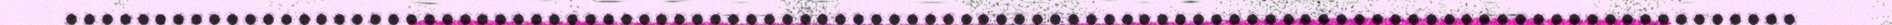
.................................................................................................